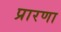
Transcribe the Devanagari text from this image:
प्रारणा